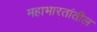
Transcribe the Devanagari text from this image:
महाभारतांतील